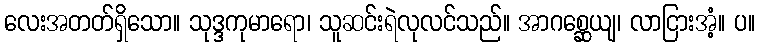
လေးအတတ်ရှိသော။ သုဒ္ဒကုမာရော၊ သူဆင်းရဲလုလင်သည်။ အာဂစ္ဆေယျ၊ လာငြားအံ့။ ပ။